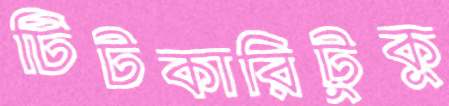
টিটকারিটুকু